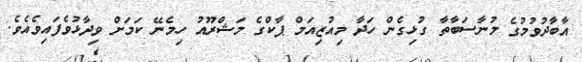
އާބާދުވުމުގެ މުނާސަބާތާ ގުޅިގެން ހަދާ މިއުޒިއަމް ޕާކްގެ މަޝްރޫއު ހިމެނޭ ކަމަށް ވިދާޅުވެފައިވެއެވެ.